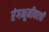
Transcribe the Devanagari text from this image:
रंगभूमीवरची